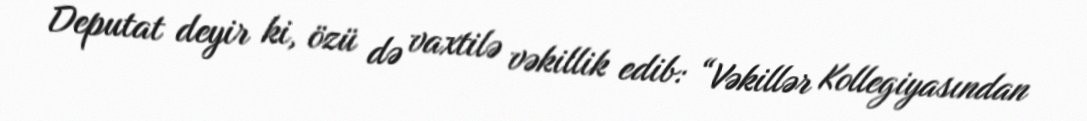
Deputat deyir ki, özü də vaxtilə vəkillik edib: “Vəkillər Kollegiyasından